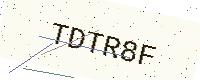
Text: TDTR8F